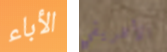
الأباء الأفريقي